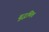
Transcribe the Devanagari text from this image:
बुद्धमित्त